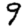
Digit: 9